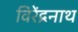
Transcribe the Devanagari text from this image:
विरेंद्रनाथ